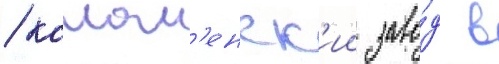
/ колом'енск'ии заво́д в